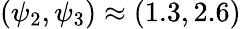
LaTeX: (\psi_{2},\psi_{3})\approx(1.3,2.6)